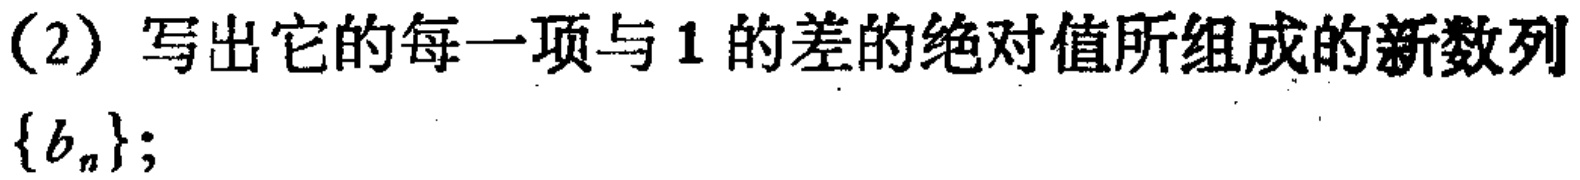
(2) 写出它的每一项与 \(1\) 的差的绝对值所组成的新数列\(\{b_{n}\}\);